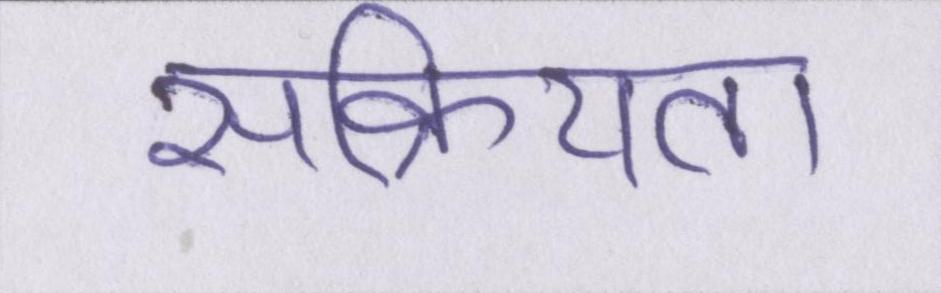
सक्रियता